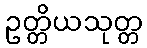
ဥတ္တိယသုတ္တ